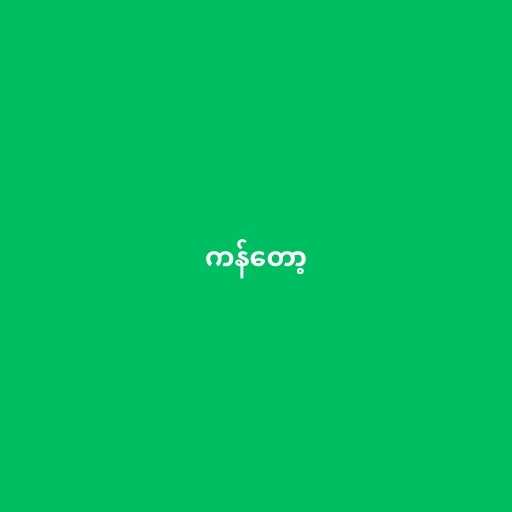
ကန်တော့